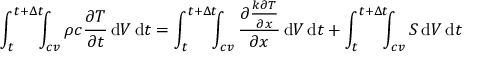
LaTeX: \int _ { t } ^ { t + \Delta t } \! \! \! \int _ { c v } \rho c { \frac { \partial T } { \partial t } } \, \mathrm { d } V \, \mathrm { d } t = \int _ { t } ^ { t + \Delta t } \! \! \! \int _ { c v } { \frac { \partial { \frac { k \partial T } { \partial x } } } { \partial x } } \, \mathrm { d } V \, \mathrm { d } t + \int _ { t } ^ { t + \Delta t } \! \! \! \int _ { c v } S \, \mathrm { d } V \, \mathrm { d } t